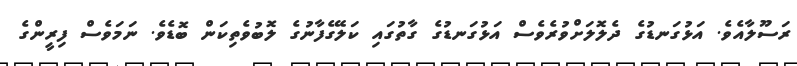
ރަސޫލާއެވެ. އަޅުގަނޑުގެ ދެލޮލަށްވުރެވެސް އަޅުގަނޑުގެ ގާތުގައި ކަލޭގެފާނުގެ ލޮބުވެތިކަން ބޮޑެވެ. ނަމަވެސް ފިރީންގެ